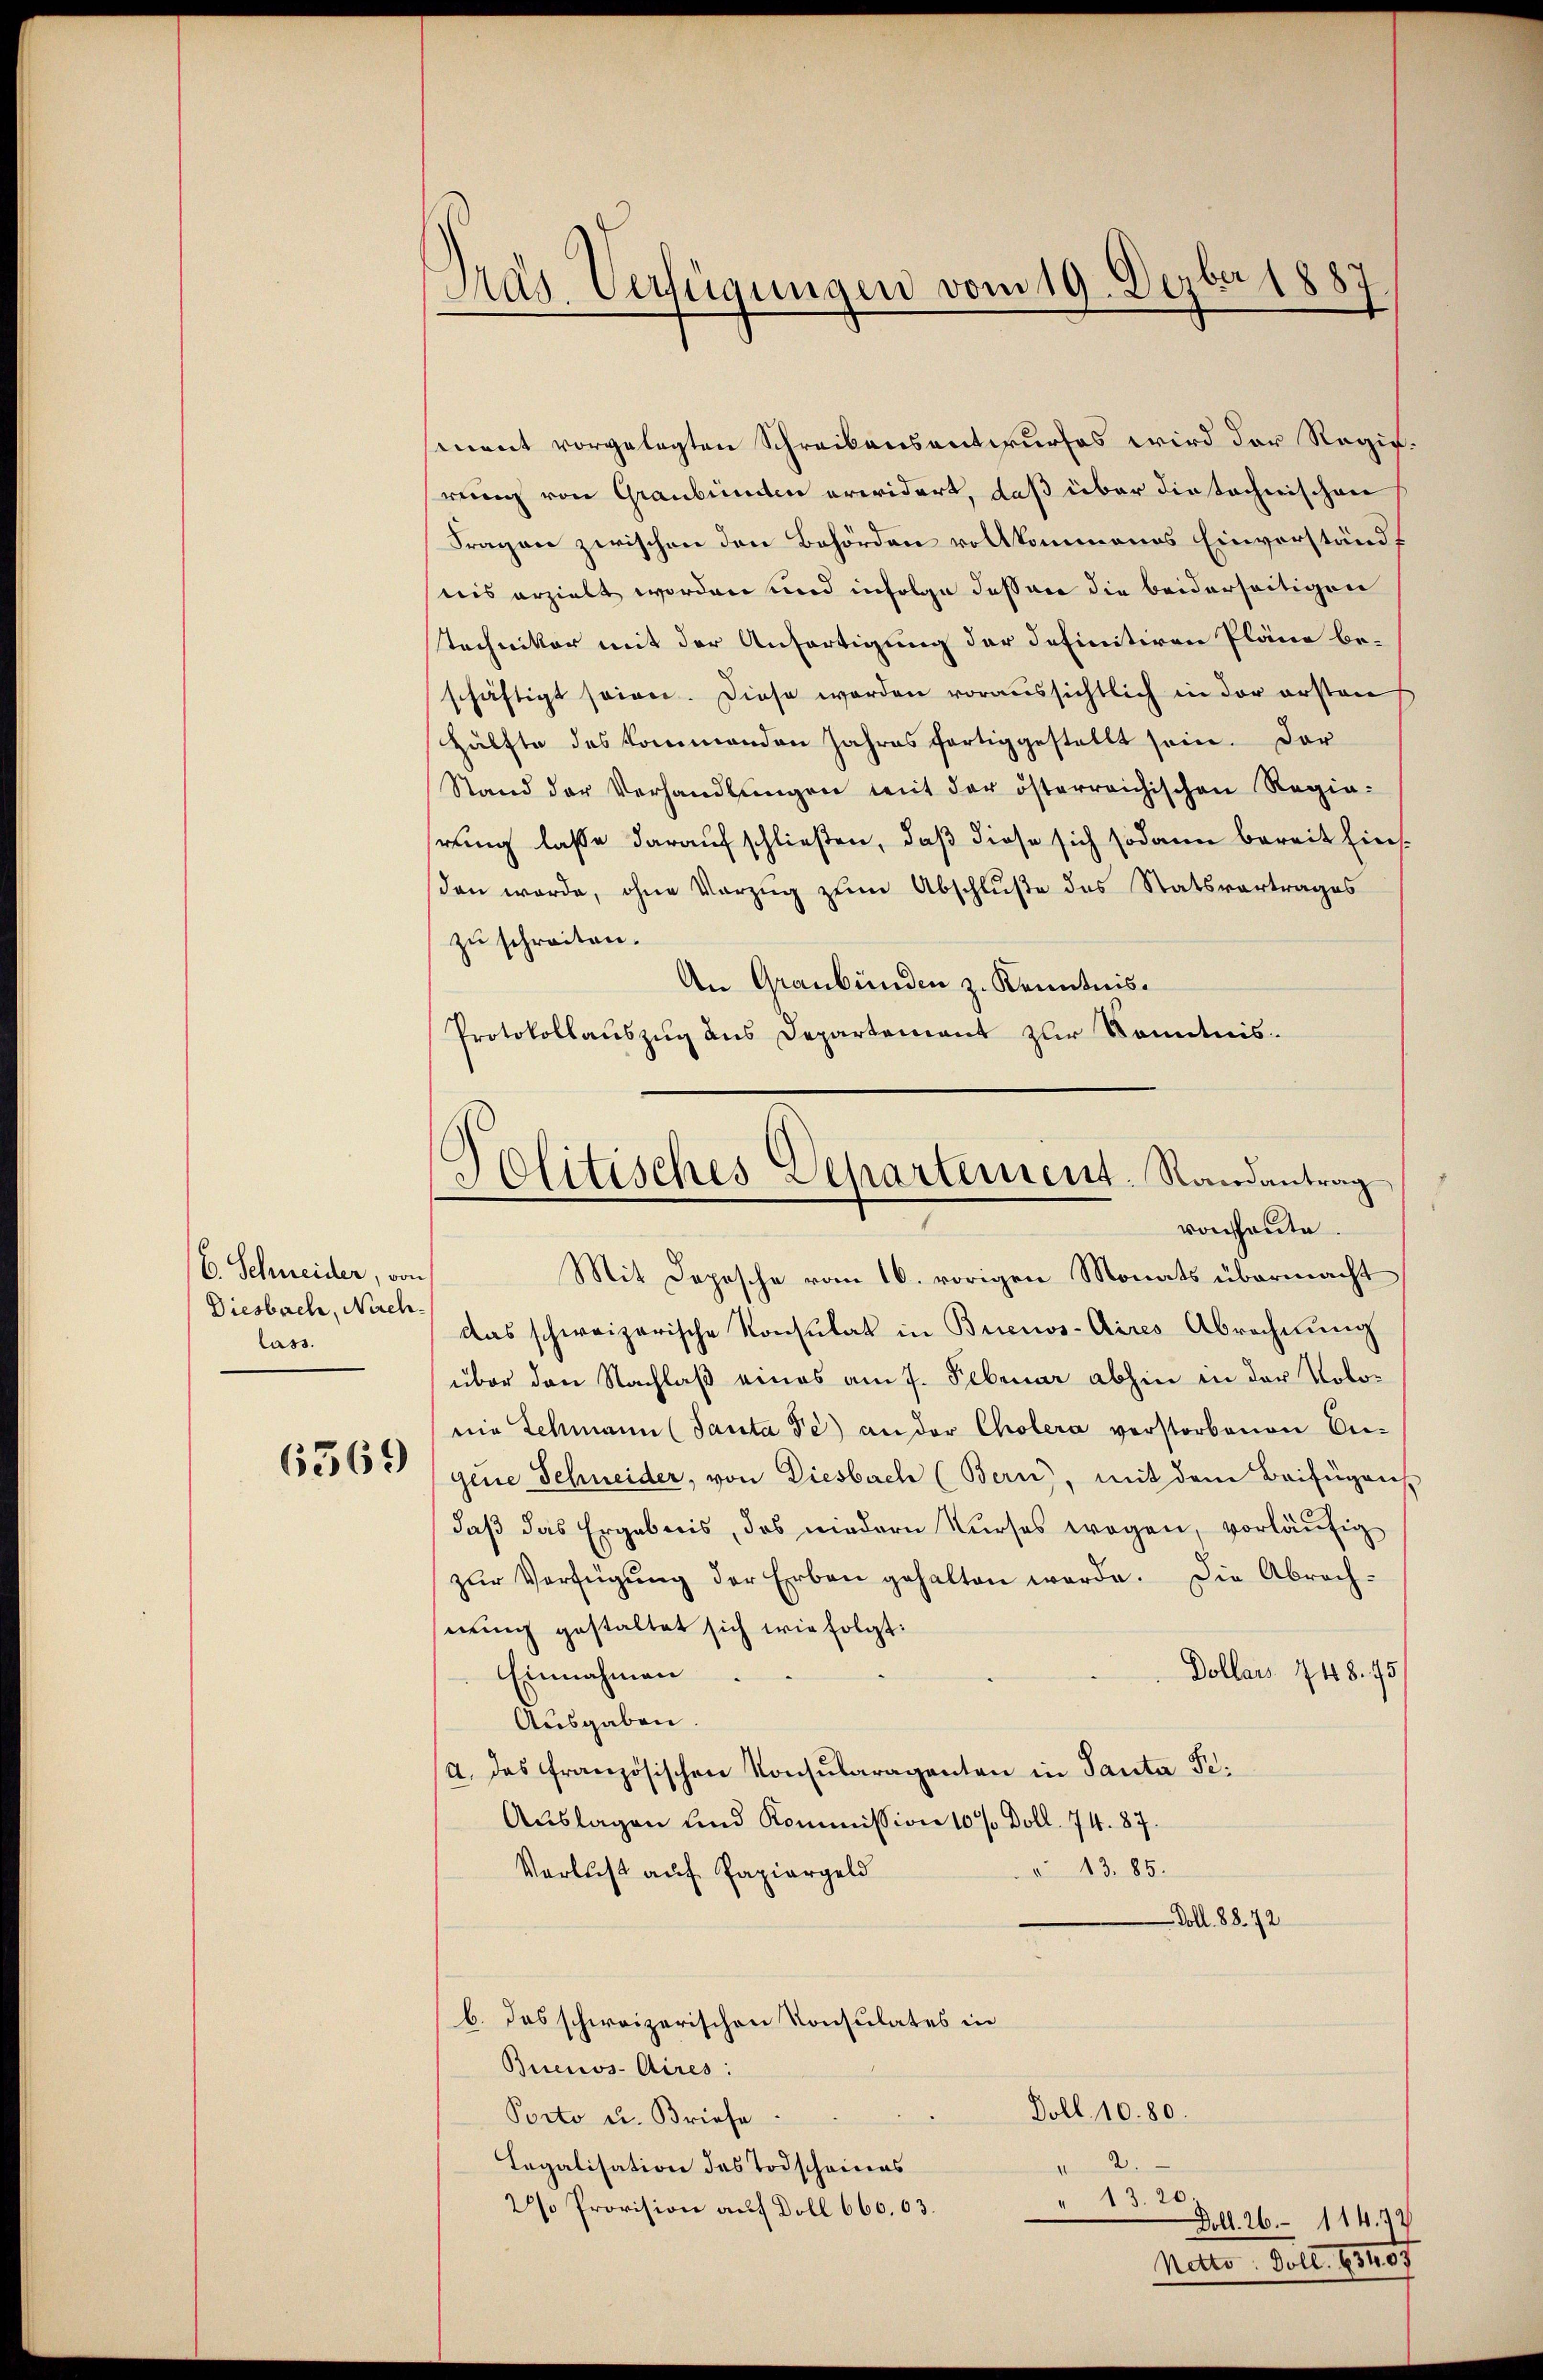
C. Schneider, von
Diesbach, Nachlass.

6569

Gras Verfügungen vom 19. Dezbr 1887

ment vorgelegten Schreibensantwurfes wird der Regierung von Graubünden erwidert, daß über die technischen
Fragen zwischen den Behörden vollkommenes Einverständ
nis erzielt worden und infolge dessen die beiderseitigen
techniker mit der Anfertigung der definitiven Pläne be-
schäftigt seien. Diese werden voraussichtlich in der ersten
Hälfte des kommenden Jahres fortig gestellt sein. Der
Stand der Verhandlungen mit der österreichischen Regia-
hrung lasse darauf schließen, daß diese sich sodann bereit hiesden werde, ohne Vorzug zum Abschluße des Statsvertrages
zu schreiten.
An Graubünden z. Kenntnis.
Protokollauszug aus Departement zur Kenntnis¬

Politisches Separtement. Randantrag
von heute
Mit Depesche vom 16. vorigen Monats übermacht

das schweizerische Konsulat in Buenos-Aires Abrechnung
über den Nachlaß eines am 7. Februar abhin in der Volonie Schmann (Tanta Fe) an der Cholera verstorbenen Bei-
gene Schneider, von Diesbach (Bern, mit dem Beifügens
daß das Ergebnis, das niedern Kurses wegen, vorläufig
zŭr Verfügŭng der Erben gehalten werde. Die Abrach-
nung gestaltet sich wie folgt:
Dollars 448. 45
Einnahmen
Ausgaben.
a. Das französischen Konsularagenten in Tanta Pe¬
Auslagen und Kommission 10 % Doll. 74. 87.
 13. 85.
Verlust auf Papiergeld
Doll. 88. 72
b. das schweizerischen Konsulates in
Buenos Aires:
Doll. 10. 80.
Porto u. Briefe
2.
Legalisation des Todscheines
" 13. 2
2% Provision auf Doll 660. 63.
Doll. 26. 114. 32
Nato: Doll. 63407